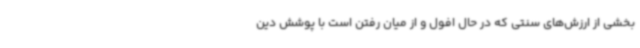
بخشی از ارزش‌های سنتی که در حال افول و از میان رفتن است با پوشش دین